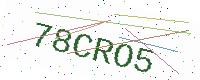
Text: 78CRO5